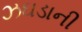
ઝઘડાની